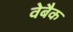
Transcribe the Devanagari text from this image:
वेबैक